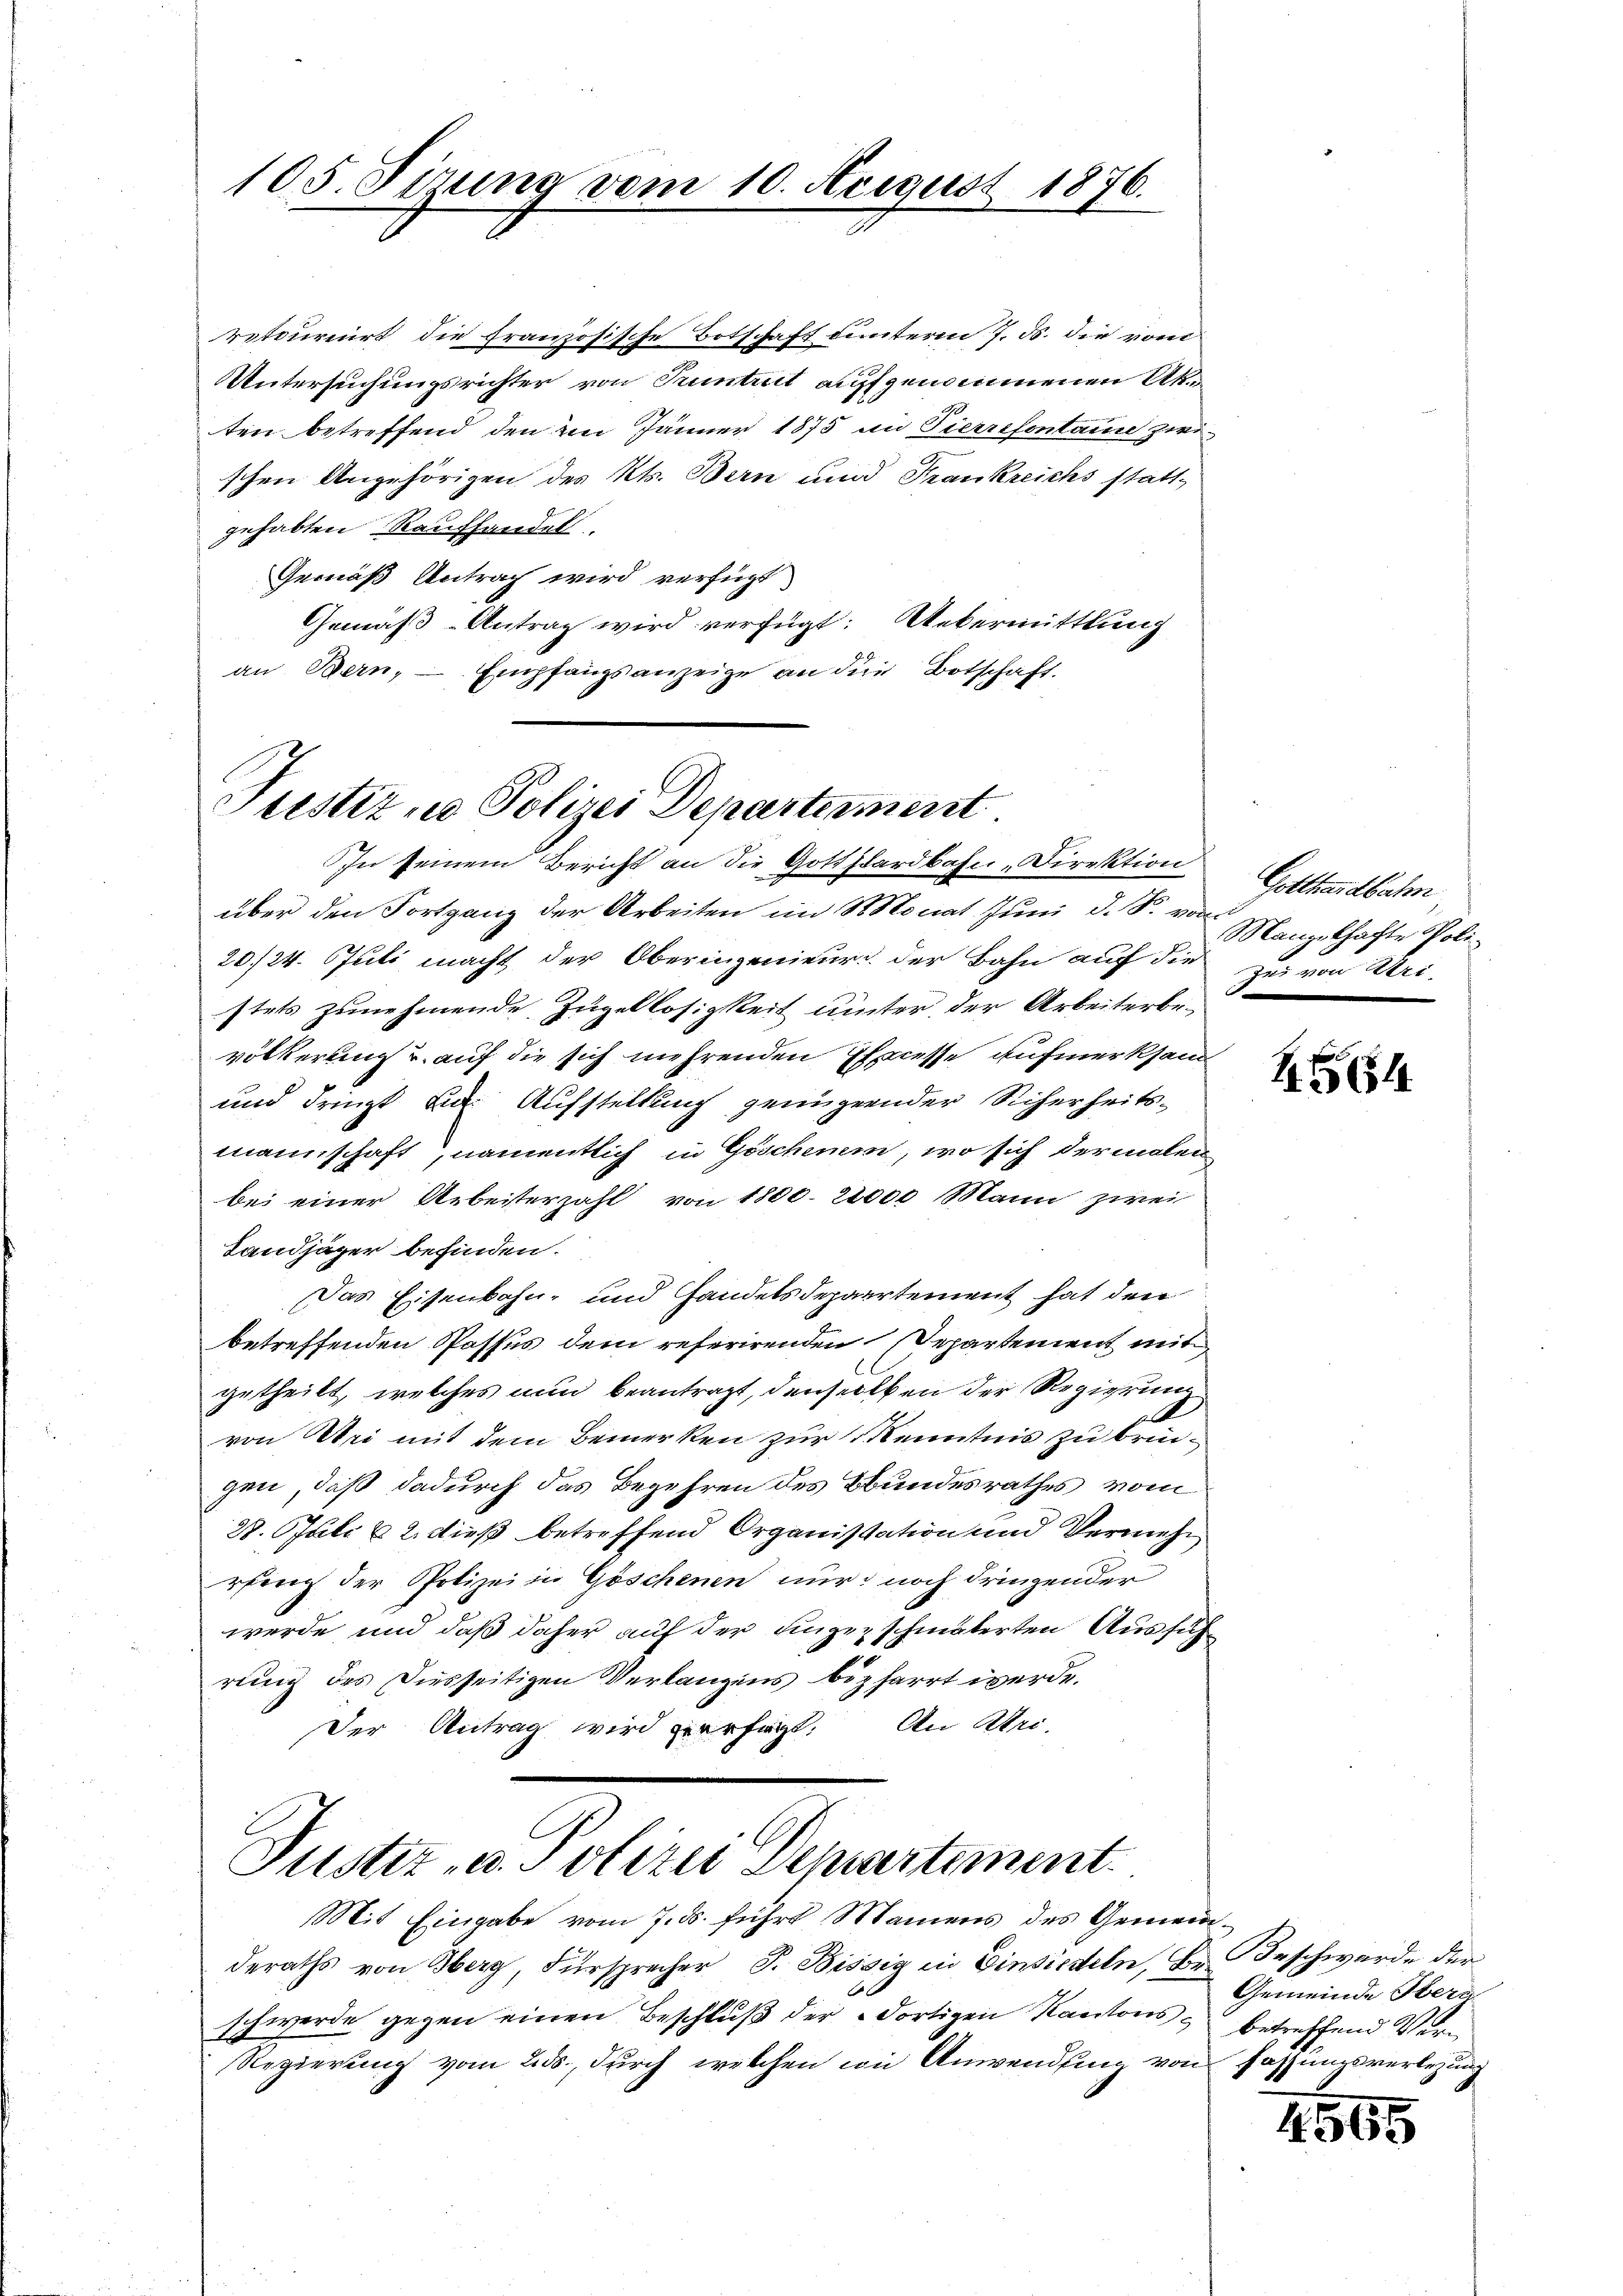
105. Sirung vom 10. August 1876.

retournirt die französische Botschaft unterm 7. ds. die vom
Untersuchungsrichter von Tuntrut auffgenommenen Akten betreffend den im Jänner 1875 in Pierrefontause zwischen Angehörigen des Kts. Bern und Frankreichs stattgehabten Raufhandel.
Gemäß Antrag wird verfügt
Gemäß-Antrag wird verfügt: Uebermittlung
an Bern, Empfangsanzeige an die Botschaft.

Justiz u. Polizei Departenmeist
In seinem Bericht an die Gotthardbahn-Direktion

über den Fortgang der Arbeiten im Monat Juni d. S. von
20./24. Juli macht der Oberingenieurs der Bahn auf die zu von Uri.
stets zunehmende Zügellosigkeit unter der Arbeiterbevölkerung auf die sich mehrenden Eheccesse aufmerksam
und dringt u. Aufstellung genügender Sicherheitsmannschaft, namentlich in Göschenem, wo sich dermalen
bei einer Arbeiterzahl von 1800. 22000 Mann zwei
Landjäger befinden.
Das Eisenbahn- und Handelsdepartement hat den
betreffenden Passus dem referirenden Departement mit
getheilt, welches nun beantragt, denselben der Regierung
von Uri mit dem Bemerken zur Kenntnis zu bringen, daß dadurch das Begehren des Bundesrathes vom
28. Juli & 2. dieß betreffend Organisation und Vermehr
rfung der Polizei in Göschenen nur noch dringender
werde und daß daher auf der Fingezschmälerten Ausfüh
rung des Diesseitigen Verlangens bisharrt werde.
Der Antrag wird verfügt. An Stri-
Justiz- u. Polizei Departement.
Mit Eingabe vom 7. ds. führt Mannens des Gemeinderaths von Oberg, Fürsprecher J. Bissig in Einsiedeln, Br. Beschwerde der
schwerde gegen einen Beschluß der dortigen Kantons, betreffend Ver¬
Regierung vom 2ds., durch welchen von Anwendung von Fassungsverlegung

Gotthardbahn
Mangelhafte Poli¬

H

Gemeinde Obera

4565